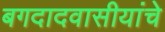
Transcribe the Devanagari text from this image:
बगदादवासीयांचे